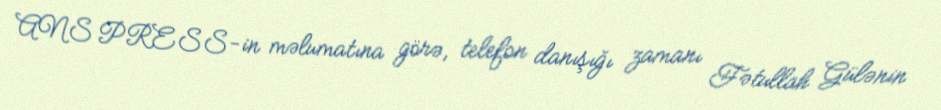
ANS PRESS-in məlumatına görə, telefon danışığı zamanı Fətullah Gülənin